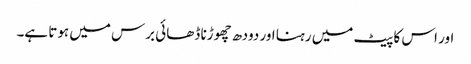
اور اس کا پیٹ میں رہنا اور دودھ چھوڑنا ڈھائی برس میں ہوتا ہے۔